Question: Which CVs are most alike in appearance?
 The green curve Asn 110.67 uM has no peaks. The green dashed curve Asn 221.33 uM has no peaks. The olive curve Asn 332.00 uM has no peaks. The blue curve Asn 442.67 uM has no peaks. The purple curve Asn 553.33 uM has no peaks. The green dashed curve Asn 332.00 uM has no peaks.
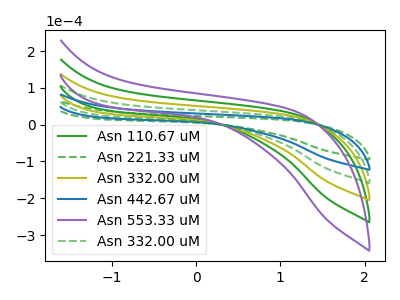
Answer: <think>Neither "Asn 110.67 uM" or "Asn 221.33 uM" have any peaks. Neither "Asn 110.67 uM" or "Asn 332.00 uM" have any peaks. Neither "Asn 110.67 uM" or "Asn 442.67 uM" have any peaks. Neither "Asn 110.67 uM" or "Asn 553.33 uM" have any peaks. Neither "Asn 110.67 uM" or "Asn 332.00 uM" have any peaks. Neither "Asn 221.33 uM" or "Asn 332.00 uM" have any peaks. Neither "Asn 221.33 uM" or "Asn 442.67 uM" have any peaks. Neither "Asn 221.33 uM" or "Asn 553.33 uM" have any peaks. Neither "Asn 221.33 uM" or "Asn 332.00 uM" have any peaks. Neither "Asn 332.00 uM" or "Asn 442.67 uM" have any peaks. Neither "Asn 332.00 uM" or "Asn 553.33 uM" have any peaks. Neither "Asn 332.00 uM" or "Asn 332.00 uM" have any peaks. Neither "Asn 442.67 uM" or "Asn 553.33 uM" have any peaks. Neither "Asn 442.67 uM" or "Asn 332.00 uM" have any peaks. Neither "Asn 553.33 uM" or "Asn 332.00 uM" have any peaks.
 </think>
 <answer>"Asn 221.33 uM", "Asn 110.67 uM", "Asn 332.00 uM", "Asn 442.67 uM", "Asn 553.33 uM" and "Asn 332.00 uM" have the same shape and are likely CV's of the same chemical.</answer>
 <eval>"Asn 221.33 uM" "Asn 110.67 uM" "Asn 332.00 uM" "Asn 442.67 uM" "Asn 553.33 uM" "Asn 332.00 uM"</eval>